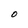
Character: O